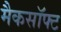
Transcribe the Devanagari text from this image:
मैकसॉफ्ट